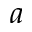
a